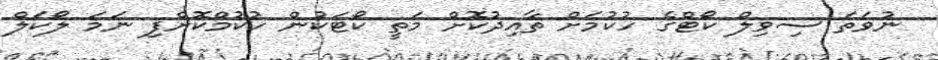
ނުވަތަ ސިވިލް ކޯޓްގެ ހުކުމަށް ތާއިދުކޮށް މަތީ ކޯޓަކުން ހުކުމްކޮށްފި ނަމަ ލޯކަލް